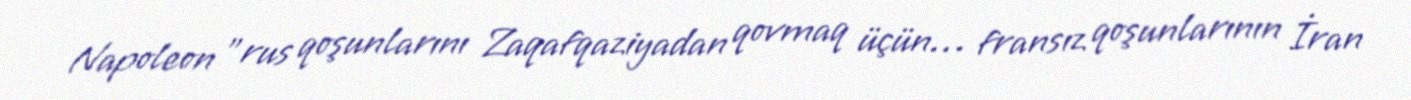
Napoleon "rus qoşunlarını Zaqafqaziyadan qovmaq üçün… fransız qoşunlarının İran